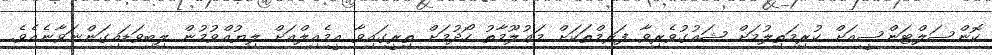
ކޮންސަލްޓަންސީއަށް ކުރިމަތިލުމަށް ޝައުގުވެރިވާ ފަރމްތަކަށް މަޢުލޫމާތު ހޯދުމަށް ތިރީގައިވާ އީމެއިލްއަށް ލިޔުއްވުމުން ލިބިވަޑައިގަންނަވާނެއެވެ.